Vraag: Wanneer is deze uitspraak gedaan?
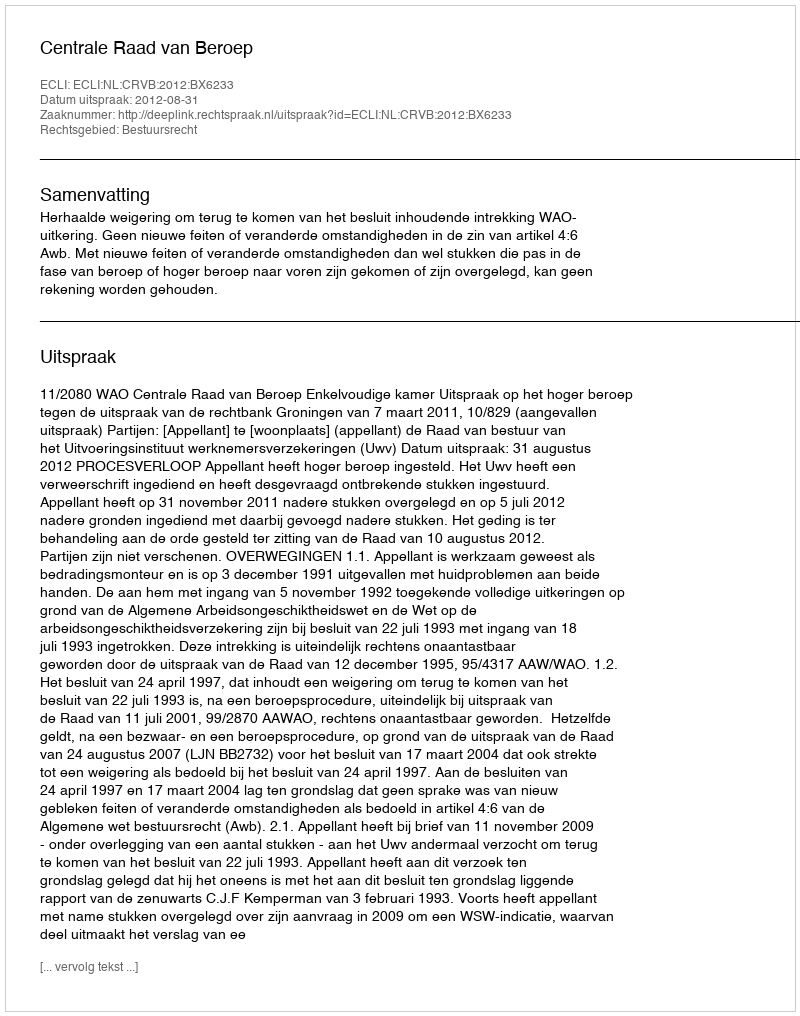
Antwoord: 2012-08-31